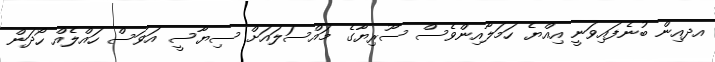
އދއިން ބުނެފައިވަނީ އިއްޔެ ހަމަލާއިންވެސް ސޫރިޔާގެ މައްސަލައަށް ސިޔާސީ އަވަސް ހައްލެއް ހޯދަން